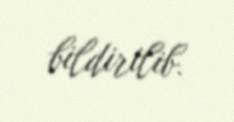
bildirilib.